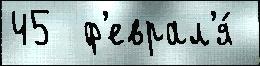
45  ф'еврал'я́